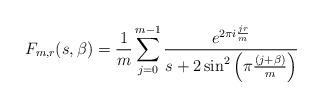
LaTeX: \begin{align*}F_{m,r}(s,\beta) = \frac{1}{m}\sum_{j=0}^{m-1} \frac{e^{2\pi i \frac{jr}{m}}}{s+2\sin^2\left(\pi\frac{(j+\beta)}{m} \right)}\end{align*}